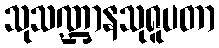
သုသဏ္ဌာနသုရူပတာ